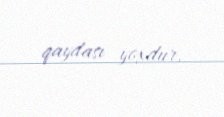
qaydası yoxdur.